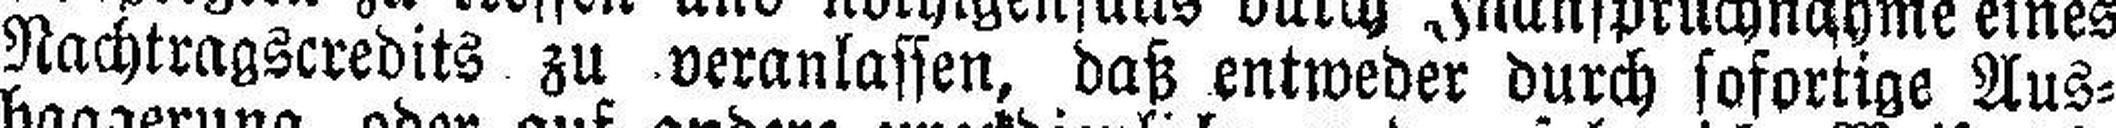
Nachtragscredits zu veranlassen, daß entweder durch sofortige Aus¬